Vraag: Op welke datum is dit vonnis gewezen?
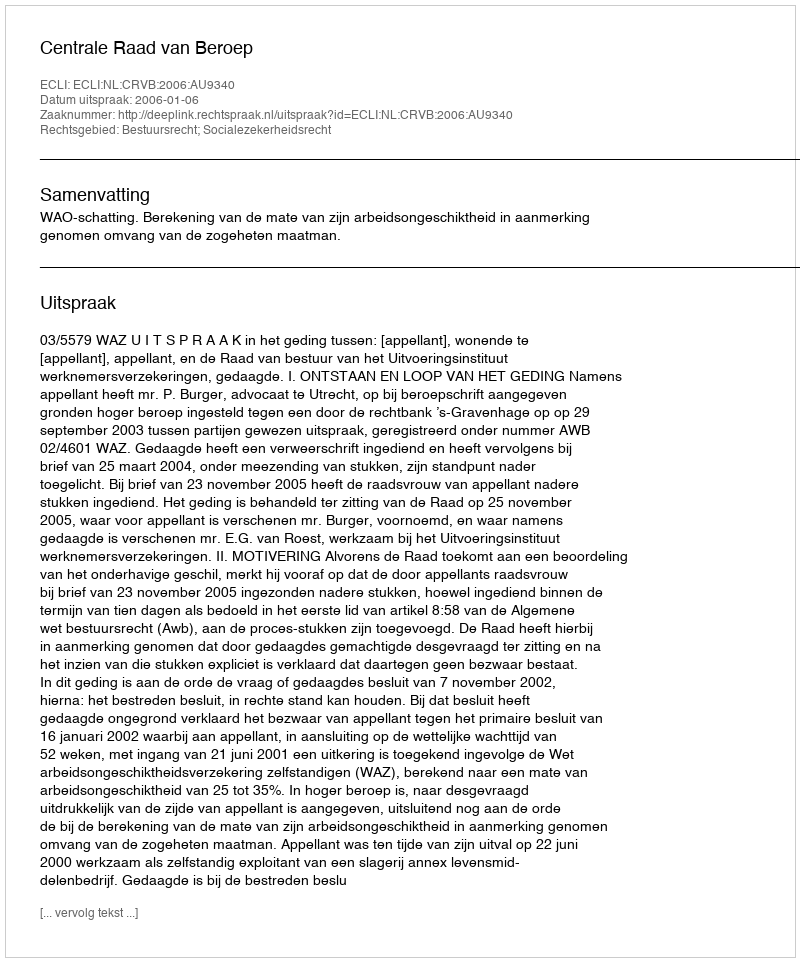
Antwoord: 2006-01-06